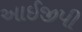
આઈજીપી